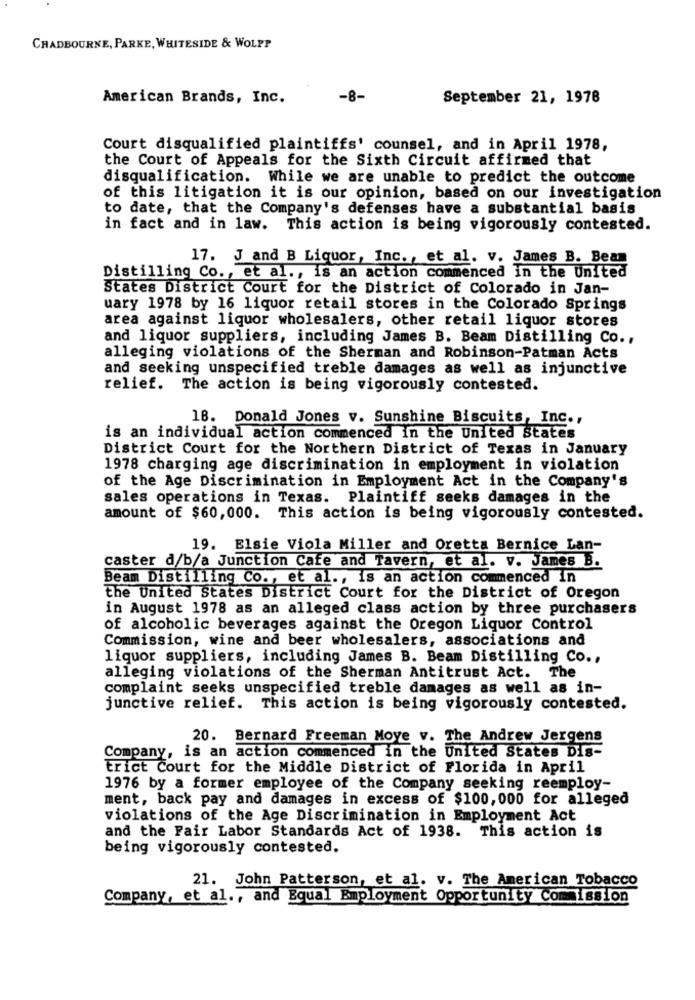
CHADBOURNE, PARKE, WHITESIDE & WOLPP
American Brands, Inc.
-8-
September 21, 1978
Court disqualified plaintiffs' counsel, and in April 1978,
the Court of Appeals for the Sixth Circuit affirmed that
disqualification. While we are unable to predict the outcome
of this litigation it is our opinion, based on our investigation
to date, that the Company's defenses have a substantial basis
in fact and in law. This action is being vigorously contested.
17. J and B Liquor, Inc. , et al. v. James B. Bean
Distilling Co ., et al ., is an action commenced in the United
States District Court for the District of Colorado in Jan-
uary 1978 by 16 liquor retail stores in the Colorado Springs
area against liquor wholesalers, other retail liquor stores
and liquor suppliers, including James B. Beam Distilling Co .,
alleging violations of the Sherman and Robinson-Patman Acts
and seeking unspecified treble damages as well as injunctive
relief. The action is being vigorously contested.
18. Donald Jones v. Sunshine Biscuits, Inc .,
is an individual action commenced in the United States
District Court for the Northern District of Texas in January
1978 charging age discrimination in employment in violation
of the Age Discrimination in Employment Act in the Company's
sales operations in Texas. Plaintiff seeks damages in the
amount of $60,000. This action is being vigorously contested.
19. Elsie Viola Miller and Oretta Bernice Lan-
caster d/b/a Junction Cafe and Tavern, et al. v. James B.
Beam Distilling Co ., et al ., is an action commenced in
the United States District Court for the District of Oregon
in August 1978 as an alleged class action by three purchasers
of alcoholic beverages against the Oregon Liquor Control
Commission, wine and beer wholesalers, associations and
liquor suppliers, including James B. Beam Distilling Co .,
alleging violations of the Sherman Antitrust Act. The
complaint seeks unspecified treble damages as well as in-
junctive relief. This action is being vigorously contested.
20. Bernard Freeman Moye v. The Andrew Jergens
Company, is an action commenced in the United States Dis-
Erict Court for the Middle District of Florida in April
1976 by a former employee of the Company seeking reemploy-
ment, back pay and damages in excess of $100,000 for alleged
violations of the Age Discrimination in Employment Act
and the Fair Labor Standards Act of 1938. This action is
being vigorously contested.
21. John Patterson, et al. v. The American Tobacco
Company, et al ., and Equal Employment Opportunity Commission